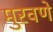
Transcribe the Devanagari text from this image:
मुरवणे